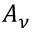
A _ { \nu }